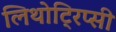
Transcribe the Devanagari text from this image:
लिथोट्रिप्सी